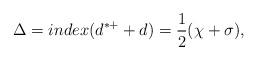
LaTeX: \begin{align*}\Delta=index(d^{*+}+d)=\frac{1}{2}(\chi+\sigma),\end{align*}